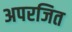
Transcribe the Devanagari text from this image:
अपरजित